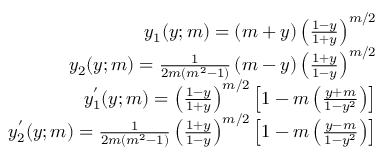
\begin{array} { r l r } & { } & { y _ { 1 } ( y ; m ) = \left( m + y \right) \left( \frac { 1 - y } { 1 + y } \right) ^ { m / 2 } } \\ & { } & { y _ { 2 } ( y ; m ) = \frac { 1 } { 2 m ( m ^ { 2 } - 1 ) } \left( m - y \right) \left( \frac { 1 + y } { 1 - y } \right) ^ { m / 2 } } \\ & { } & { y _ { 1 } ^ { ' } ( y ; m ) = \left( \frac { 1 - y } { 1 + y } \right) ^ { m / 2 } \left[ 1 - m \left( \frac { y + m } { 1 - y ^ { 2 } } \right) \right] } \\ & { } & { y _ { 2 } ^ { ' } ( y ; m ) = \frac { 1 } { 2 m ( m ^ { 2 } - 1 ) } \left( \frac { 1 + y } { 1 - y } \right) ^ { m / 2 } \left[ 1 - m \left( \frac { y - m } { 1 - y ^ { 2 } } \right) \right] } \\ & { } & \end{array}